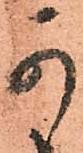
可